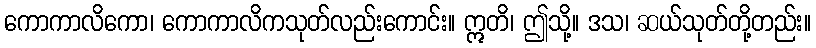
ကောကာလိကော၊ ကောကာလိကသုတ်လည်းကောင်း။ ဣတိ၊ ဤသို့။ ဒသ၊ ဆယ်သုတ်တို့တည်း။